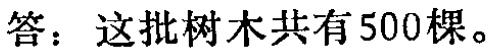
答：这批树木共有500棵。